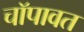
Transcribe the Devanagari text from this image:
चॉपावत